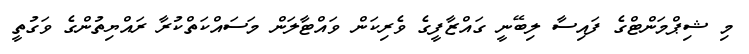
މި ޝިޕްމަންޓްގެ ފައިސާ ލިބޭނީ ގައްޒާފީގެ ވެރިކަން ވައްޓާލަން މަސައްކަތްކުރާ ރައްޔިތުންގެ ވަގުތީ